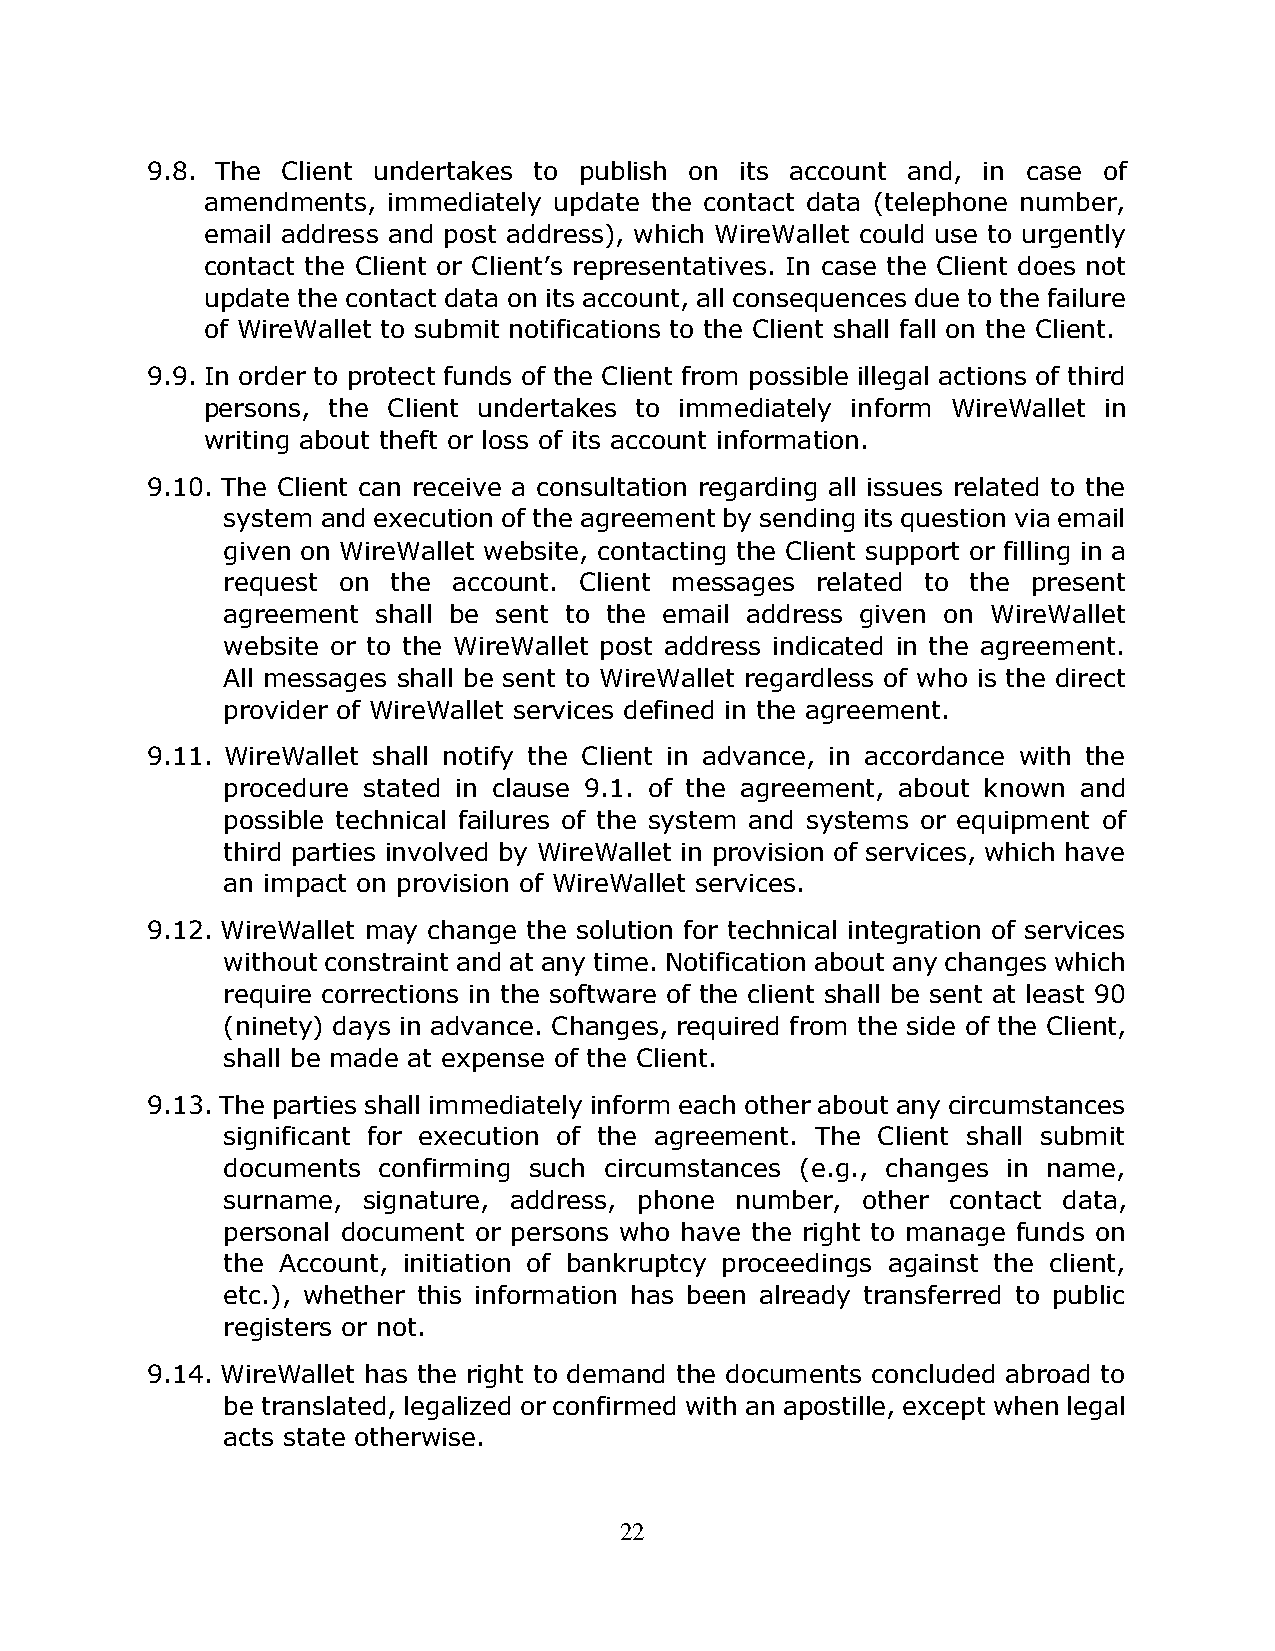
9.8. The Client undertakes to publish on its account and, in case of
 amendments,  immediately update the contact data (telephone number,
 email address and post address), which WireWallet could use to urgently
 contact the Client or Client’s representatives. In case the Client does not
 update the contact data on its account, all consequences due to the failure
 of WireWallet to submit notifications to the Client shall fall on the Client.
 9.9. In order to protect funds of the Client from possible illegal actions of third
 persons, the Client undertakes to immediately inform WireWallet in
 writing about theft or loss of its account information.
 9.10. The Client can receive a consultation regarding all issues related to the
 system and execution of the agreement by sending its question via email
 given on WireWallet website, contacting the Client support or filling in a
 request on the account. Client messages related to the present
 agreement shall be sent to the email address given on WireWallet
 website or to the WireWallet post address indicated in the agreement.
 All messages shall be sent to WireWallet regardless of who is the direct
 provider of WireWallet services defined in the agreement.
 9.11. WireWallet shall notify the Client in advance, in accordance with the
 procedure stated in clause 9.1. of the agreement, about known and
 possible technical failures of the system and systems or equipment of
 third parties involved by WireWallet in provision of services, which have
 an impact on provision of WireWallet services.
 9.12. WireWallet may change the solution for technical integration of services
 without constraint and at any time. Notification about any changes which
 require corrections in the software of the client shall be sent at least 90
 (ninety) days in advance. Changes, required from the side of the Client,
 shall be made at expense of the Client.
 9.13. The parties shall immediately inform each other about any circumstances
 significant for execution of the agreement. The Client shall submit
 documents confirming such circumstances (e.g., changes in name,
 surname, signature, address, phone number, other contact data,
 personal document or persons who have the right to manage funds on
 the Account, initiation of bankruptcy proceedings against the client,
 etc.), whether this information has been already transferred to public
 registers or not.
 9.14. WireWallet has the right to demand the documents concluded abroad to
 be translated, legalized or confirmed with an apostille, except when legal
 acts state otherwise.
 22